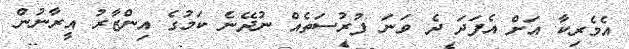
އެމެރިކާ އަށް އެފަދަ ދެ ވަނަ ފުރުސަތެއް ނުދޭނެ ކަމުގެ އިންޒާރު އީރާނުން